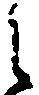
之